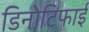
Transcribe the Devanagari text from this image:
डिनोटिफाई